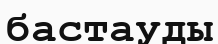
бастауды